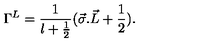
{ \Gamma } ^ { L } = { \frac { 1 } { l + \frac { 1 } { 2 } } } ( { \vec { \sigma } . \vec { L } } + \frac { 1 } { 2 } ) .